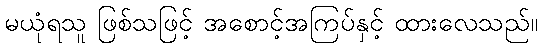
မယုံရသူ ဖြစ်သဖြင့် အစောင့်အကြပ်နှင့် ထားလေသည်။